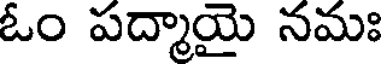
ఓం పద్మాయై నమః